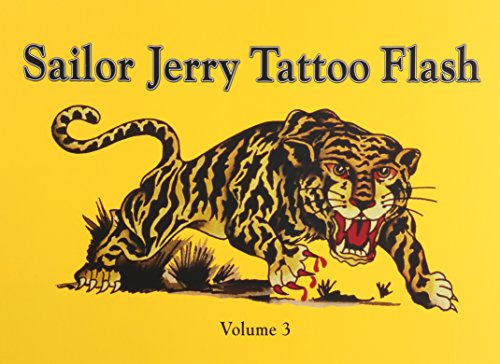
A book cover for Sailor Jerry Tattoo Flash, Vol. 3; Don Ed Hardy; Arts & Photography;